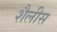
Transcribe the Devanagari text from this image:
शैलीस